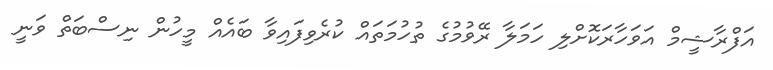
އަފްރާޝީމް އަވަހާރަކޮށްލި ހަމަލާ ރޭވުމުގެ ތުހުމަތައް ކުރެވިފައިވާ ބައެއް މީހުން ނިސްބަތް ވަނީ